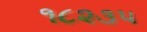
૧૮૨૩૫